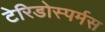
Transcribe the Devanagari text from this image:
टेरिडोस्पर्मस